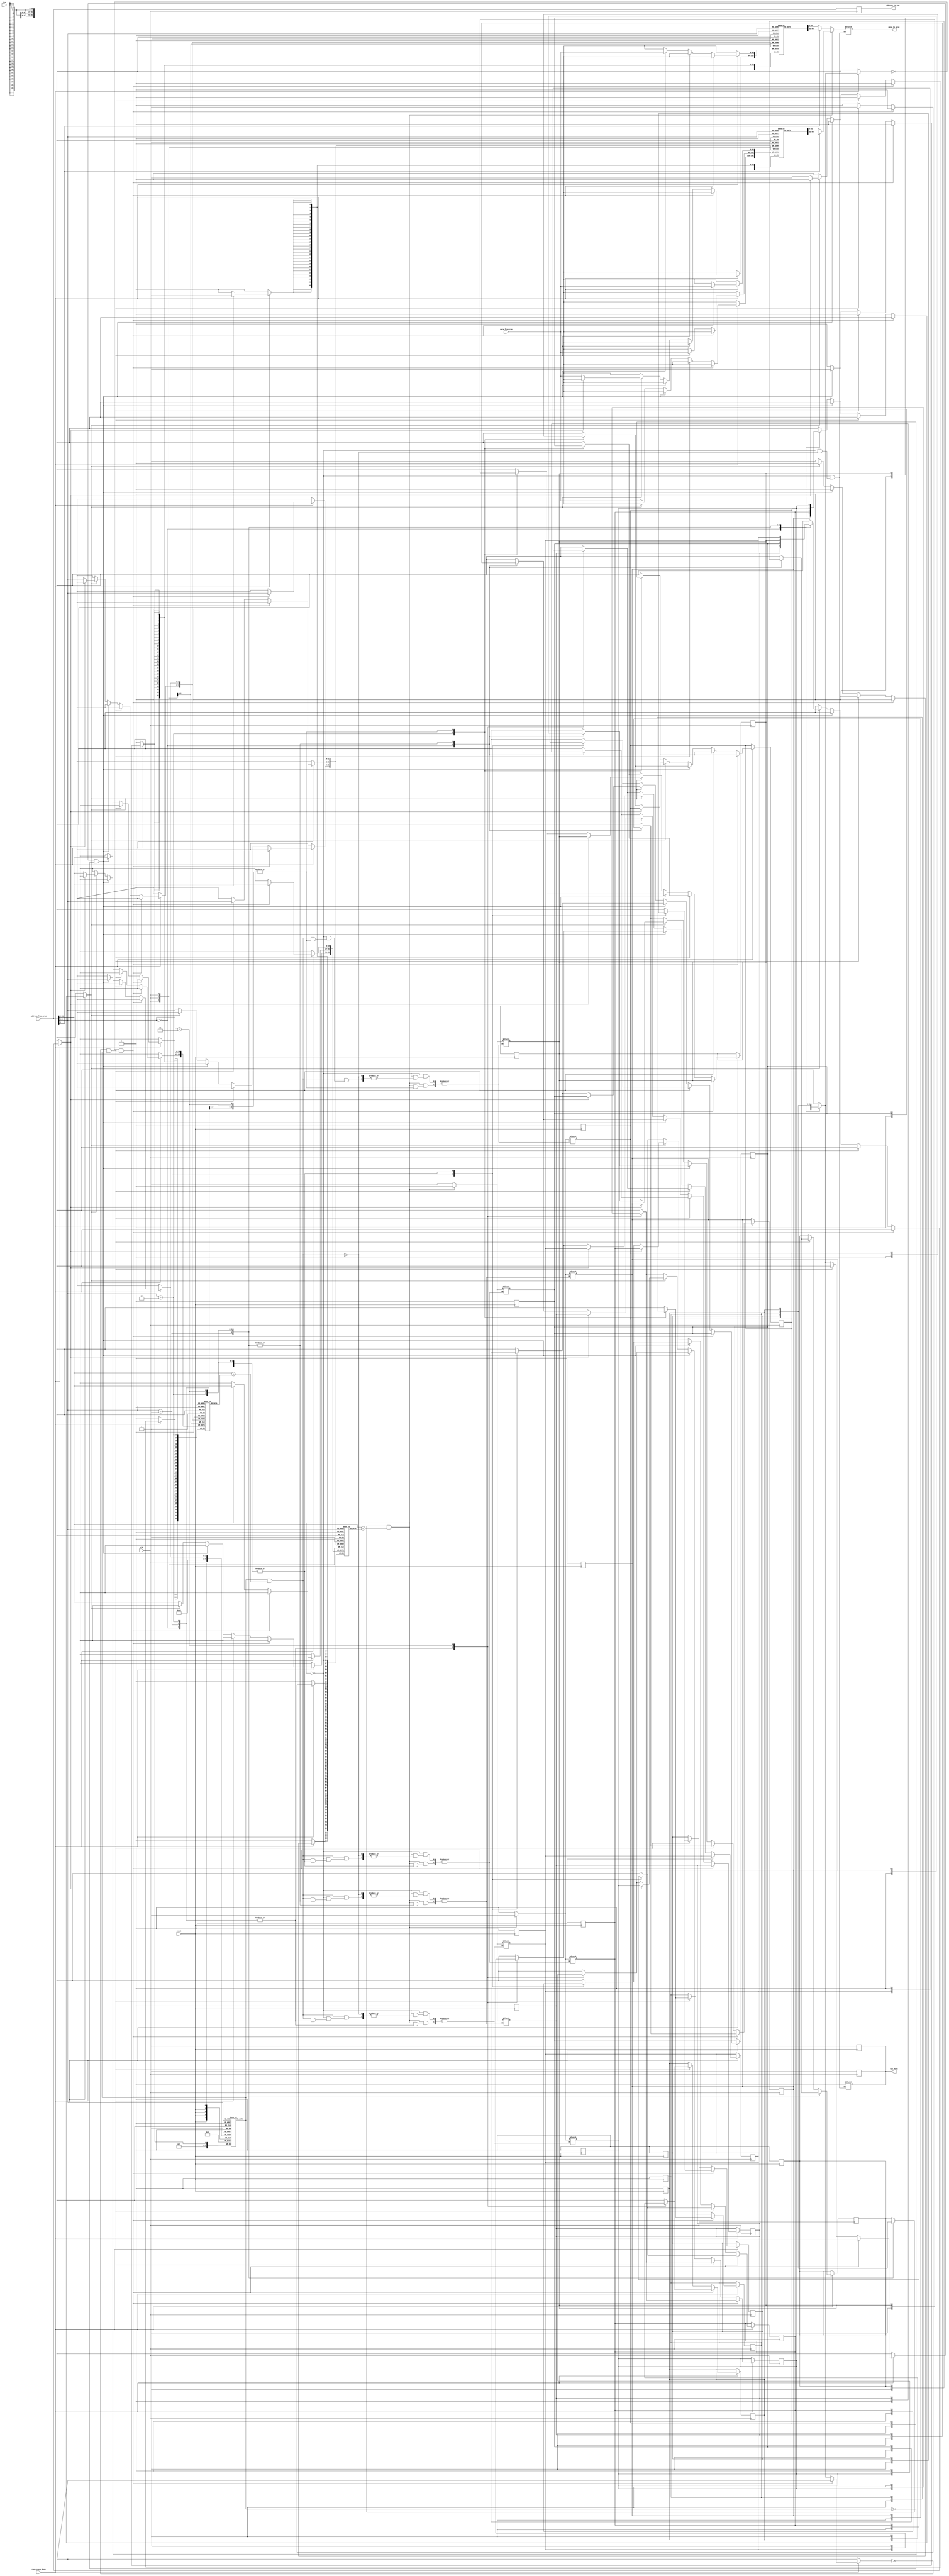
`timescale 1ns / 1ps
//////////////////////////////////////////////////////////////////////////////////
// Company: 
// Engineer: 
// 
// Design Name: 
// Module Name:    Instr_Cache 
// Project Name: 
// Target Devices: 
// Tool versions: 
// Description: 
//
// Dependencies: 
//
// Revision: 
// Revision 0.01 - File Created
// Additional Comments: 
//
//////////////////////////////////////////////////////////////////////////////////
module Instr_Cache(
	input [31:0] address_from_proc,
	input clk,
	input reset,
	input r_w,
	input [63:0] data_from_ram,
	input ram_access_done,
	output reg [31:0] address_to_ram,
	output reg hit_miss,
	output reg [31:0] data_to_proc
    );

//2way , 4sets - set0,set1,set2,set3
//Each way implemented seperately with reg, in every set, 2ways, in a way 2 words/64bits
//1 word selected through block-offset

//Way 1 cache
reg valid1[0:3];	//valid1[0] for Set0,way1   valid1[1] for Set1,way1 ...array
reg lru1[0:3];		//Each location has 1-bit for lru. 0-LRU-replace, 1-MRU-just accessed
reg [26:0] tag1[0:3];	//array of 4 locations with each entry a 27 bit vector
reg [63:0] mem1[0:3];	//data, has two words, choose[63:32]/[31:0] based on block offset

//Way 2 cache
reg valid2[0:3];	
reg lru2[0:3];		
reg [26:0] tag2[0:3];	
reg [63:0] mem2[0:3];

//Other fields frm address
wire block_offset;		//0-choose word1, 1-choose word2
wire [1:0] index;
wire [26:0] in_tag;	//can go to either way(i.e tag1/tag2), depending on availability 
integer k;

//Initially reset everything
always@(negedge reset)
begin
	for(k=0;k<=3;k=k+1)
		begin
			valid1[k]=0; lru1[k]=0; 
			valid2[k]=0; lru2[k]=0;
		end
	$display("Intially hit_miss=1 i.e miss");
	hit_miss = 1;
end
	assign block_offset = address_from_proc[2];	//0,1 bits always 0
	assign index = address_from_proc[4:3];			//Gives set number
	assign in_tag = address_from_proc[31:5];
//assign data_to_proc = (hit_miss==0) ? ((block_offset==0) ? ) : 32'bz;

always@(*)	//make tag,block offset bits whenver add. from proc. changes
begin
	/*block_offset = address_from_proc[2];	//0,1 bits always 0
	index = address_from_proc[4:3];			//Gives set number
	in_tag = address_from_proc[31:5];	*/
	
	if(valid1[index]==1 && (in_tag==tag1[index]))  //Way1 hit
	begin
	   data_to_proc = (block_offset==0) ? mem1[index][31:0]:mem1[index][63:32];
	   hit_miss = 0;
	   lru1[index] = 1;
	   lru2[index] = 0;
	end
	else if(valid2[index]==1 && (in_tag==tag2[index])) //Way2 hit
	begin
	   data_to_proc = (block_offset==0) ? mem2[index][31:0]:mem2[index][63:32];
	   hit_miss = 0;
	   lru1[index] = 0;
	   lru2[index] = 1;
	end	
	/*case(in_tag)
	   tag1[index]: hit_miss = 0;  //Tag matched with way1
	   tag2[index]: hit_miss = 0;  //Tag matched with way2
	   default : hit_miss = 1;     //Miss
	endcase*/
	$display("Incoming request: BOffset=%b  set_index=%b  tag=%b hit_miss=%b",block_offset,index,in_tag,hit_miss);
end

always@(posedge clk)
begin
    address_to_ram = address_from_proc;
    
    if(hit_miss==0) //Hit, send the data to proc.
       begin     
        hit_miss=1; //for next  
       end
       
    if(hit_miss==1 && ram_access_done==1)   //Miss, enter this blk after ram_access is done,perform eviction
    begin
        if((valid1[index]==0)&&(valid2[index]==0))  //Both invalid, fill anywhere
        begin
            $display("Set%d : All ways invalid, filling first way",index);
            mem1[index] = data_from_ram;
            tag1[index] = in_tag;
            valid1[index] = 1'b1;
            lru1[index] = 1;
            hit_miss = 1;       //Data bought from ram, make it a hit
        end
        else if((valid1[index]==0)&&(valid2[index]==1))  //Put in way1, since it has invalid data
        begin
            $display("Set %d:Putting block in way1, as it contains invalid data",index);
            mem1[index] = data_from_ram;
            tag1[index] = in_tag;
            valid1[index] = 1'b1;
            lru1[index] = 1;
            lru2[index] = 0;
            hit_miss = 1;
        end
        else if((valid1[index]==1)&&(valid2[index]==0))  //Put in way2, since it has invalid data
        begin
            $display("Set %d:Putting block in way2, as it contains invalid data",index);
            mem2[index] = data_from_ram;
            tag2[index] = in_tag;
            valid2[index] = 1'b1;
            lru2[index] = 1;
            lru1[index] = 0;
            hit_miss = 1;
        end
       else //Both ways have valid data, need to evict one based on LRU
       begin
            if(lru1[index] == 0)    //Replacing way1 since its least recently used    
            begin
                $display("Set %d:Replacing block in Way1",index);
                mem1[index] = data_from_ram;
                tag1[index] = in_tag;
                lru1[index] = 1;
                lru2[index] = 0;
            end
            else if(lru2[index] == 0)   //Replacing way2 since its least recently used   
            begin
                $display("Set %d:Replacing block in Way2",index);
                mem2[index] = data_from_ram;
                tag2[index] = in_tag;
                lru1[index] = 0;
                lru2[index] = 1;            
            end
       end 
    end
end
endmodule